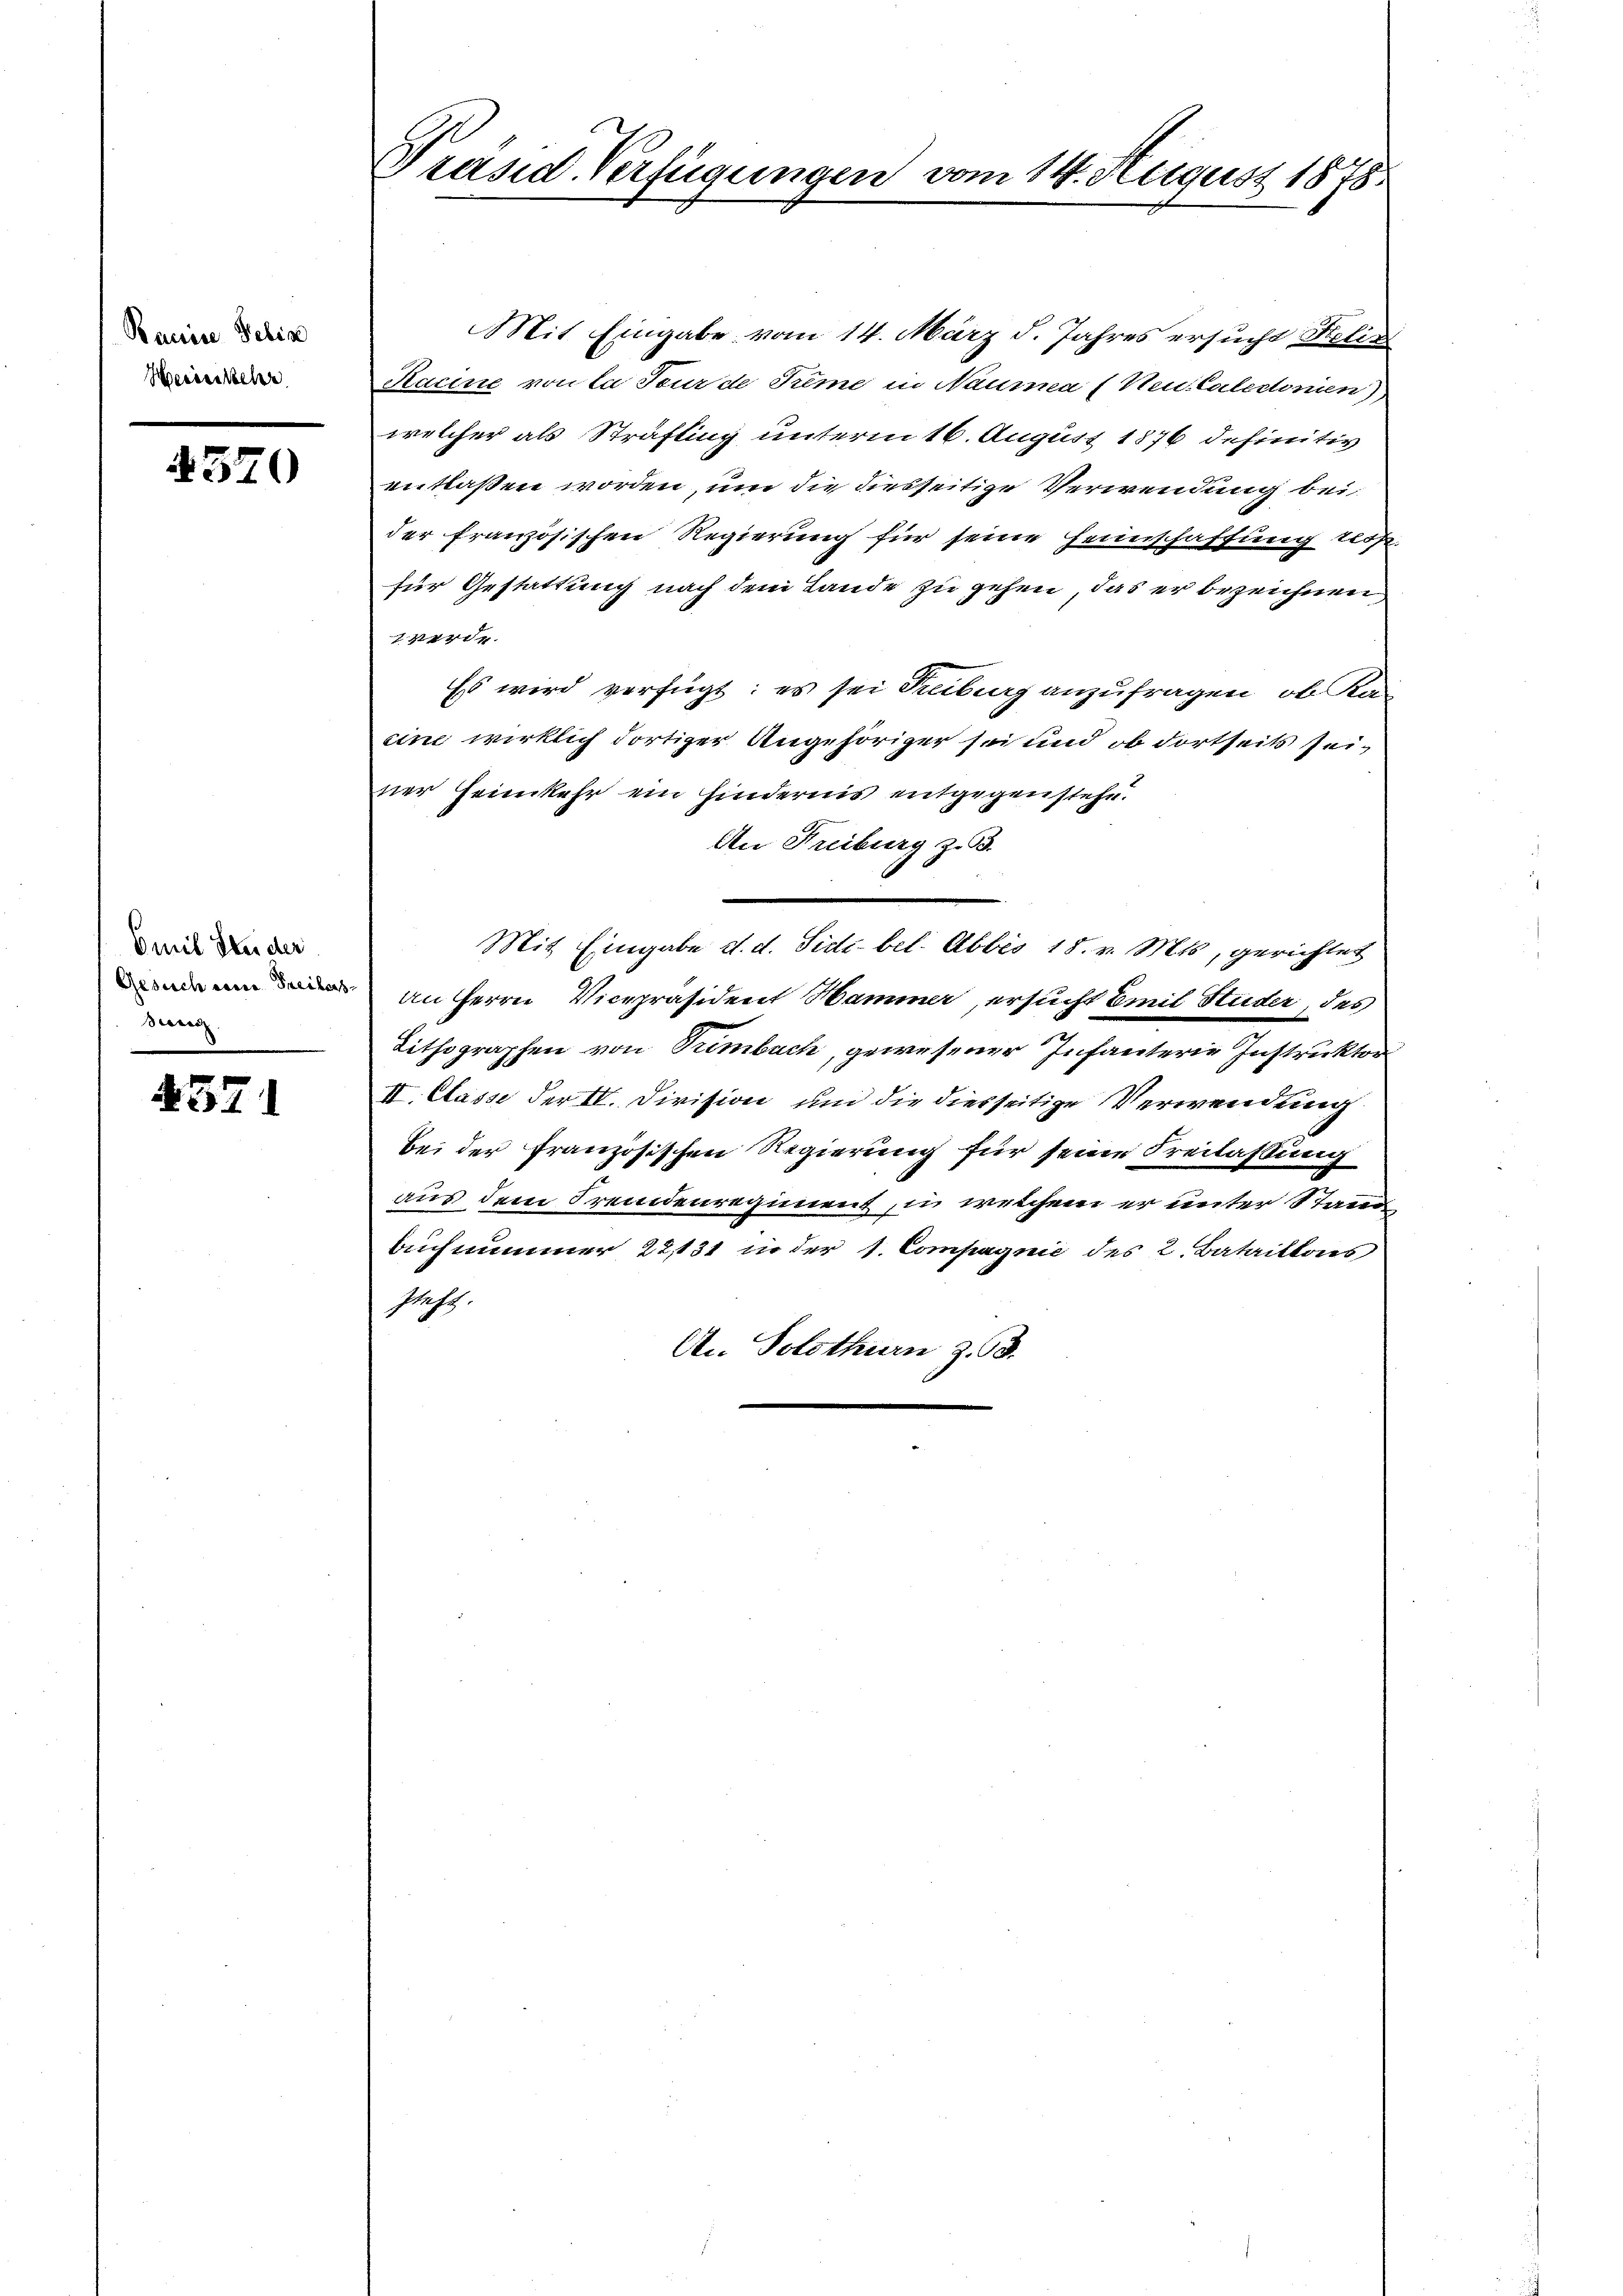
Pacise Felix
Heiden Schr

4570

Emil Studer
Gesuch eine Freibers
Beric

4321

Präsid. Verfügungen vom 14. August 1878.

Mit Eingabe vom 14. März d. Jahres ersuche Felix
Kacine von la Tour de Tieme in Naumma (Neu Catectonien
welcher als Sträfling unterm 16. August 1876 definitiv
entlaßen worden, um die diesseitige Verwendung bei
der französischen Regierung für seine Heimschaffung tesse
für Gestattung nach dem Lande zu gehen, das er bezeichnen
7 werde.
Es wird verfügt: es sei Reiburg anzufragen, ob Ka-
cine wirklich dortiger Angehöriger sei und ob dortseits seiner Heimkehr ein hindernis entgegenstehe.
An Freiburg z. B.
Mit Eingabe d. d. Sidi bel. Abbis 18. v. Mts, gerichtet
An Herrn Vicepräsident Hammer, ersucht Emil Studer des
Lithographen von Simbach, gewesener Infanterie Instruktor
II. Classe der II. Division und die diesseitige Verwendung
bei der französischen Regierung für seine Freilassung
aus dem Fremdenregiment, in welchem er unter Stand
buchnmmer 22,131 in der 1. Compagnie des 2. Bataillons
steht.
An Solothurn z. 8.